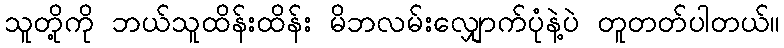
သူတို့ကို ဘယ်သူထိန်းထိန်း မိဘလမ်းလျှောက်ပုံနဲ့ပဲ တူတတ်ပါတယ်။